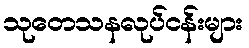
သုတေသနလုပ်ငန်းများ